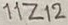
Text: 11Z12